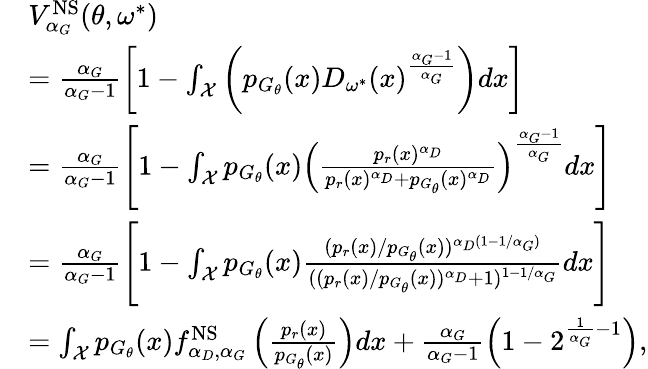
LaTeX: \begin{array}{rl}&{V_{\alpha_{G}}^{\mathrm{NS}}(\theta,\omega^{*})}\\ &{=\frac{\alpha_{G}}{\alpha_{G}-1}\left[1-\int_{\mathcal{X}}\left(p_{G_{\theta}}(x)D_{\omega^{*}}(x)^{\frac{\alpha_{G}-1}{\alpha_{G}}}\right)dx\right]}\\ &{=\frac{\alpha_{G}}{\alpha_{G}-1}\Bigg[1-\int_{\mathcal{X}}p_{G_{\theta}}(x)\left(\frac{p_{r}(x)^{\alpha_{D}}}{p_{r}(x)^{\alpha_{D}}+p_{G_{\theta}}(x)^{\alpha_{D}}}\right)^{\frac{\alpha_{G}-1}{\alpha_{G}}}dx\Bigg]}\\ &{=\frac{\alpha_{G}}{\alpha_{G}-1}\Bigg[1-\int_{\mathcal{X}}p_{G_{\theta}}(x)\frac{(p_{r}(x)/p_{G_{\theta}}(x))^{\alpha_{D}(1-1/\alpha_{G})}}{((p_{r}(x)/p_{G_{\theta}}(x))^{\alpha_{D}}+1)^{1-1/\alpha_{G}}}dx\Bigg]}\\ &{=\int_{\mathcal{X}}p_{G_{\theta}}(x)f_{\alpha_{D},\alpha_{G}}^{\mathrm{NS}}\left(\frac{p_{r}(x)}{p_{G_{\theta}}(x)}\right)dx+\frac{\alpha_{G}}{\alpha_{G}-1}\left(1-2^{\frac{1}{\alpha_{G}}-1}\right),}\end{array}